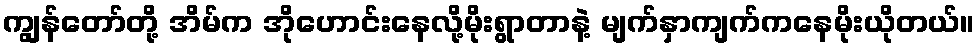
ကျွန်တော်တို့ အိမ်က အိုဟောင်းနေလို့မိုးရွာတာနဲ့ မျက်နှာကျက်ကနေမိုးယိုတယ်။